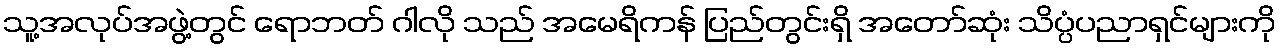
သူ့အလုပ်အဖွဲ့တွင် ရောဘတ် ဂါလို သည် အမေရိကန် ပြည်တွင်းရှိ အတော်ဆုံး သိပ္ပံပညာရှင်များကို